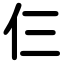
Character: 仨